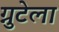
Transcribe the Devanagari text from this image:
ग्नुटेला